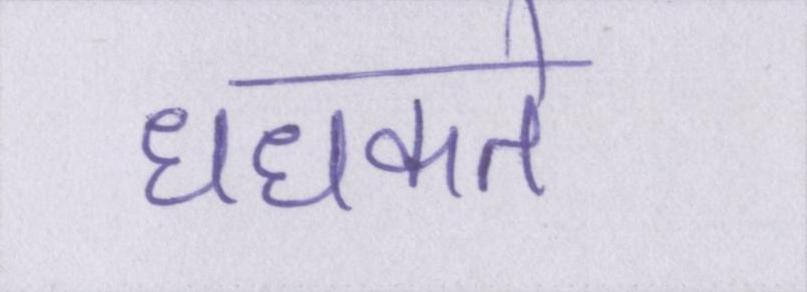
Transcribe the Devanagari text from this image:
धधकते